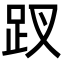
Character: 䟕